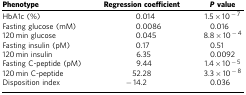
<table><thead><tr><td><b>Phenotype</b></td><td><b>Regression coefficient</b></td><td><b><i>P</i>value</b></td></tr></thead><tbody><tr><td>HbA1c (%)</td><td>0.014</td><td>1.5 × 10<sup>−7</sup></td></tr><tr><td>Fasting glucose (mM)</td><td>0.0086</td><td>0.016</td></tr><tr><td>120<b> </b>min glucose</td><td>0.045</td><td>8.8 × 10<sup>−4</sup></td></tr><tr><td>Fasting insulin (pM)</td><td>0.17</td><td>0.51</td></tr><tr><td>120<b> </b>min insulin</td><td>6.35</td><td>0.0092</td></tr><tr><td>Fasting C-peptide (pM)</td><td>9.44</td><td>1.4 × 10<sup>−5</sup></td></tr><tr><td>120<b> </b>min C-peptide</td><td>52.28</td><td>3.3 × 10<sup>−8</sup></td></tr><tr><td>Disposition index</td><td>−14.2</td><td>0.036</td></tr></tbody></table>